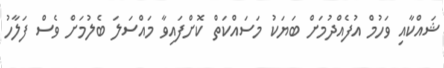
ޝައްކާއި ވަހުމް އުފެއްދުމަށް ބަޔަކު މަސައްކަތް ކޮށްފައިވާ މައްސަލަ ބެލުމަށް ވެސް ފަލާހު